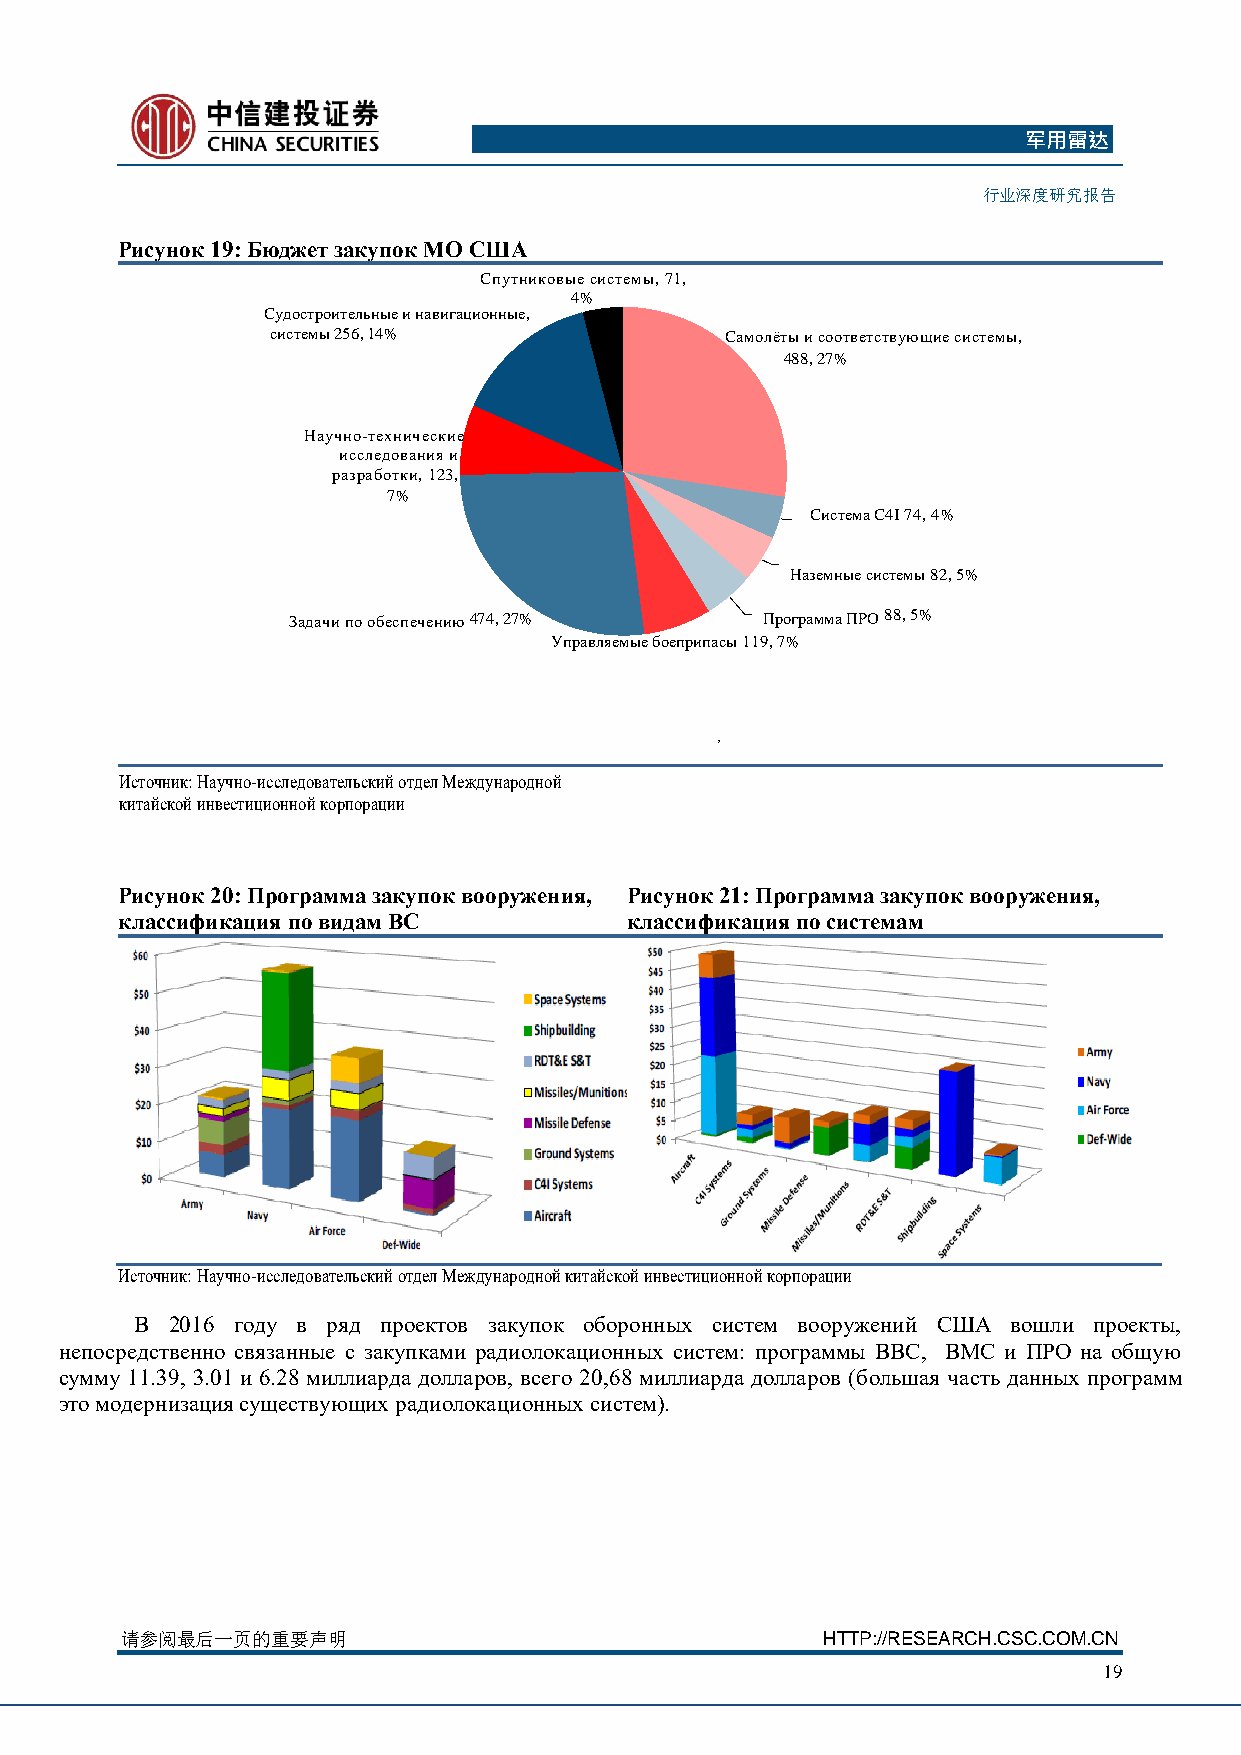
军用雷达
 行业深度研究报告
 Рисунок 19: Бюджет закупок МО США
 Спутниковые системы, 71,
 4%
 Судостроительные и навигационные,
 системы 256, 14%              Самолёты и соответствующие системы,
 488, 27%
 Научно-технические
 исследования и
 разработки, 123,
 7%
 Система С4I 74, 4%
 Наземные системы 82, 5%
 Задачи по обеспечению 474, 27% Программа ПРО 88, 5%
 Управляемые боеприпасы 119, 7%
 ,
 Источник: Научно-исследовательский отдел Международной
 китайской инвестиционной корпорации
 Рисунок 20: Программа закупок вооружения, Рисунок 21: Программа закупок вооружения,
 классификация по видам ВС        классификация по системам
 Источник: Научно-исследовательский отдел Международной китайской инвестиционной корпорации
 В 2016 году в ряд проектов закупок оборонных систем вооружений США вошли проекты,
 непосредственно связанные с закупками радиолокационных систем: программы ВВС, ВМС и ПРО на общую
 сумму 11.39, 3.01 и 6.28 миллиарда долларов, всего 20,68 миллиарда долларов (большая часть данных программ
 это модернизация существующих радиолокационных систем).
 请 参阅最后一页的重要声明                                 HTTP://RESEARCH.CSC.COM.CN
 19